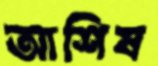
আশিষ